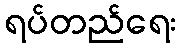
ရပ်တည်ရေး